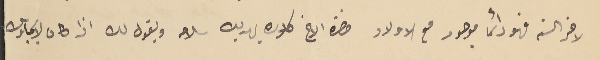
لاخر السنه فهو دائما موجود مع الاولاد حضرة الاخ كلاره يهديك سلامه ويقول لك اذا كان لايجاوبك